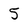
Character: 5